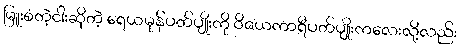
မြူးစံတဲ့ငါးဆိုတဲ့ ရေယမုန်ပတ်ပျိုးကို ဝိဇယကာရီပတ်ပျိုးကလေးလို့လည်း